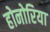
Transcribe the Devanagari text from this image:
होनोरिया